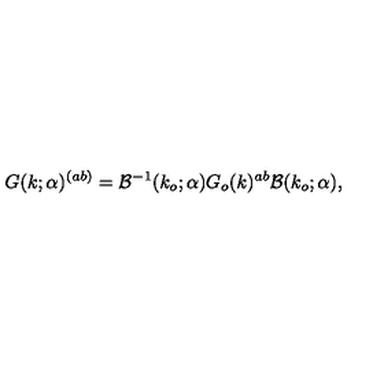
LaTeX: G ( k ; \alpha ) ^ { ( a b ) } = { \cal B } ^ { - 1 } ( k _ { o } ; \alpha ) G _ { o } ( k ) ^ { a b } { \cal B } ( k _ { o } ; \alpha ) ,